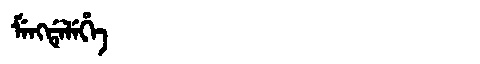
Manchu: ᠮᡝᠩᡩᡝᠯᡝᡥᡝ
Romanization: MENGDELEHE